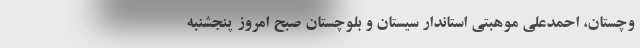
وچستان، احمدعلی موهبتی استاندار سیستان و بلوچستان صبح امروز پنجشنبه